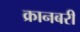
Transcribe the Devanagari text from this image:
क्रानबरी